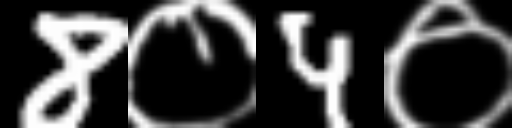
Text: 8०4०